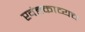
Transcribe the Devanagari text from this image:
खंडकाव्यच